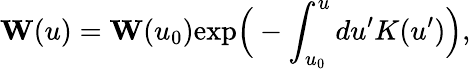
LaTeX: {\mathbf W}(u)={\mathbf W}(u_{0})\mathrm{exp}\Big(-\int_{u_{0}}^{u}du^{\prime}K(u^{\prime})\Big),